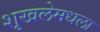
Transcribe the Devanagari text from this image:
शृखलेमधला